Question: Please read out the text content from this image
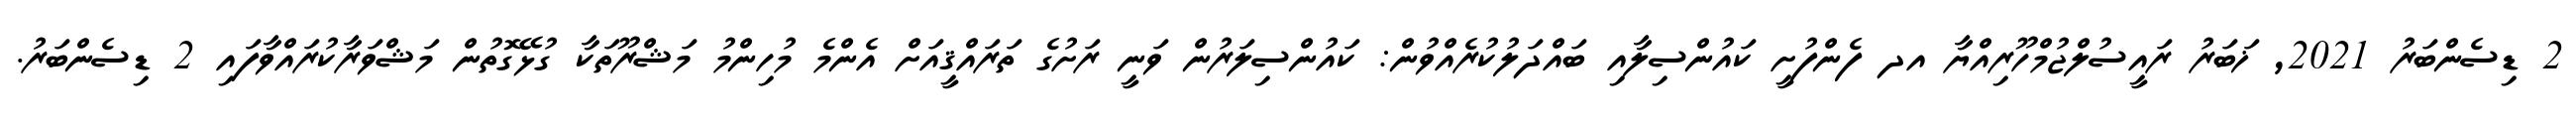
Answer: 2 ޑިސެންބަރު 2021, ޚަބަރު ރައީސުލްޖުމްހޫރިއްޔާ އދ ފެންފުށީ ކައުންސިލާއި ބައްދަލުކުރެއްވުން: ކައުންސިލަރުން ވަނީ ރަށުގެ ތަރައްޤީއަށް އެންމެ މުހިންމު މަޝްރޫތަކާ ގުޅޭގޮތުން މަޝްވަރާކުރައްވާފައި 2 ޑިސެންބަރު.